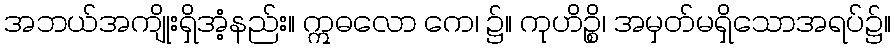
အဘယ်အကျိုးရှိအံ့နည်း။ ဣဓလော ကေ၊ ၌။ ကုဟိဉ္စိ၊ အမှတ်မရှိသောအရပ်၌။